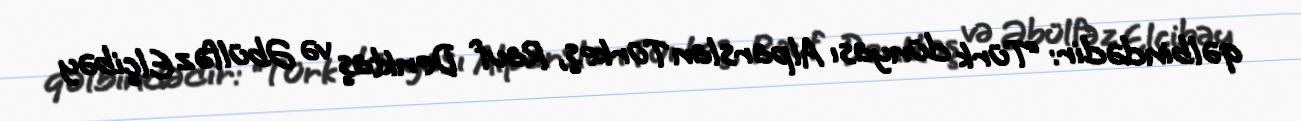
qəlbindədir: “Türk dünyası Alparslan Türkeş, Rauf Denktaş və Əbülfəz Elçibəy